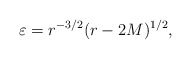
\begin{align*}\varepsilon={}&r^{- 3/2} (r - 2 M)^{1/2},\end{align*}